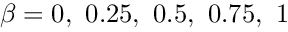
\beta = 0 , ~ 0 . 2 5 , ~ 0 . 5 , ~ 0 . 7 5 , ~ 1